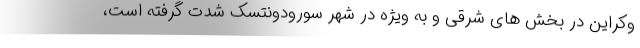
وکراین در بخش های شرقی و به ویژه در شهر سورودونتسک شدت گرفته است،